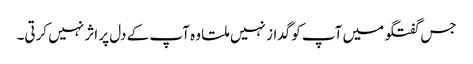
جس گفتگو میں آپ کو گداز نہیں ملتا وہ آپ کے دل پر اثر نہیں کرتی۔